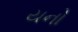
યનો